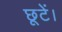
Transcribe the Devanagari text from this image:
छूटें।